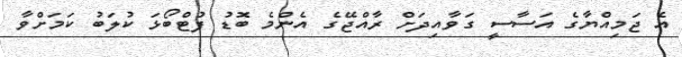
އެ ޖަމިއްޔާގެ އަސާސީ ގަވާއިދަށް ރާއްޖޭގެ އެންމެ ބޮޑު ފުޓްބޯޅަ ކުލަބު ކަމަށްވާ